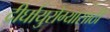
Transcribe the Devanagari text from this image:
दीर्घायुरोग्यासाठी